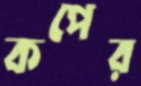
কপের